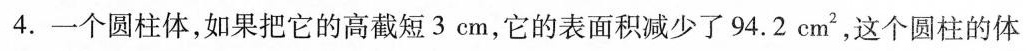
4.一个圆柱体，如果把它的高截短3cm，它的表面积减少了942cm^{2}，这个圆柱的体